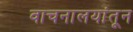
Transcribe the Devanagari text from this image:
वाचनालयांतून